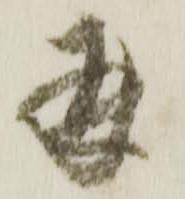
并